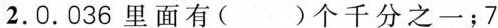
2.0. 036里面有( )个千分之一；7